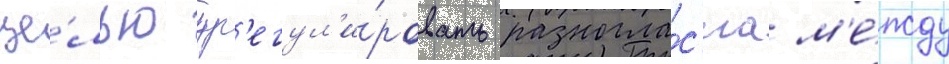
це́лью ур'егул'и́ровать разногла́с'иа м'е́жду